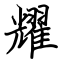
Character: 耀